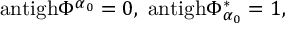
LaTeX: \mathrm { a n t i g h } \Phi ^ { \alpha _ { 0 } } = 0 , \; \mathrm { a n t i g h } \Phi _ { \alpha _ { 0 } } ^ { * } = 1 , \;